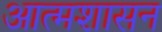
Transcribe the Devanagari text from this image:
आत्मशासन